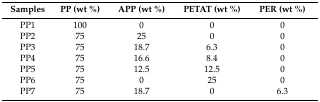
| Samples | PP (wt %) | APP (wt %) | PETAT (wt %) | PER (wt %) |
 | --- | --- | --- | --- | --- |
 | PP1 | 100 | 0 | 0 | 0 |
 | PP2 | 75 | 25 | 0 | 0 |
 | PP3 | 75 | 18.7 | 6.3 | 0 |
 | PP4 | 75 | 16.6 | 8.4 | 0 |
 | PP5 | 75 | 12.5 | 12.5 | 0 |
 | PP6 | 75 | 0 | 25 | 0 |
 | PP7 | 75 | 18.7 | 0 | 6.3 |